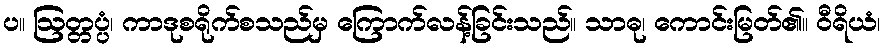
ပ။ ဩတ္တပ္ပံ၊ ကာဒုစရိုက်စသည်မှ ကြောက်လန့်ခြင်းသည်။ သာဓု၊ ကောင်းမြတ်၏။ ဝီရိယံ၊